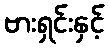
ဗားရှင်းနှင့်